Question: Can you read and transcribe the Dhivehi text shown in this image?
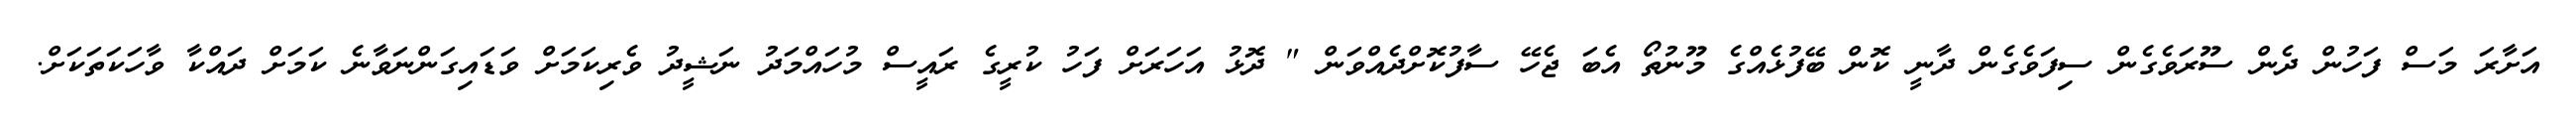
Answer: އަށާރަ މަސް ފަހުން ދެން ސޫރަވެގެން ސިފަވެގެން ދާނީ ކޮން ބޭފުޅެއްގެ މޫނުތޯ އެބަ ޖެހޭ ސާފުކޮށްދެއްވަން " ދޮޅު އަހަރަށް ފަހު ކުރީގެ ރައީސް މުހައްމަދު ނަޝީދު ވެރިކަމަށް ވަޑައިގަންނަވާނެ ކަމަށް ދައްކާ ވާހަކަތަކަށް.